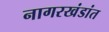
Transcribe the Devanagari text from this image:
नागरखंडांत